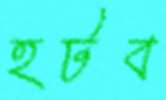
হটব